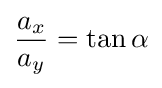
{\frac {a_{x}}{a_{y}}}=\tan \alpha